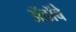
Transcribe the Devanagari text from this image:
ॲडॉबे